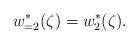
LaTeX: \begin{align*} w_{=2}^{\ast}(\zeta)= w_{2}^{\ast}(\zeta).\end{align*}